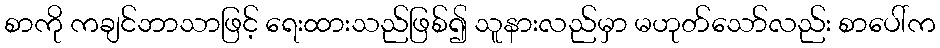
စာကို ကချင်ဘာသာဖြင့် ရေးထားသည်ဖြစ်၍ သူနားလည်မှာ မဟုတ်သော်လည်း စာပေါ်က